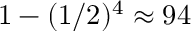
1 - ( 1 / 2 ) ^ { 4 } \approx 9 4 \